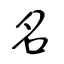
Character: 名